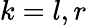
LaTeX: k=l,r